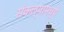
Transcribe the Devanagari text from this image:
संकल्पामध्ये